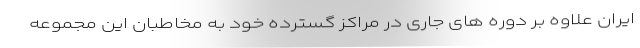
ایران علاوه بر دوره های جاری در مراکز گسترده خود به مخاطبان این مجموعه